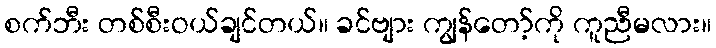
စက်ဘီး တစ်စီးဝယ်ချင်တယ်။ ခင်ဗျား ကျွန်တော့်ကို ကူညီမလား။